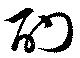
酌